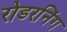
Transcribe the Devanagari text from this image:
रोडरनिंग